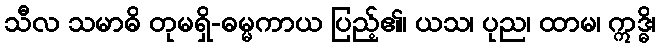
သီလ သမာဓိ တုမရှိ-ဓမ္မကာယ ပြည့်၏၊ ယသ၊ ပုည၊ ထာမ၊ ဣဒ္ဓိ၊